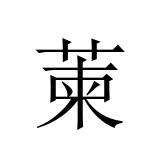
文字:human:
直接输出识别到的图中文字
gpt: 萰